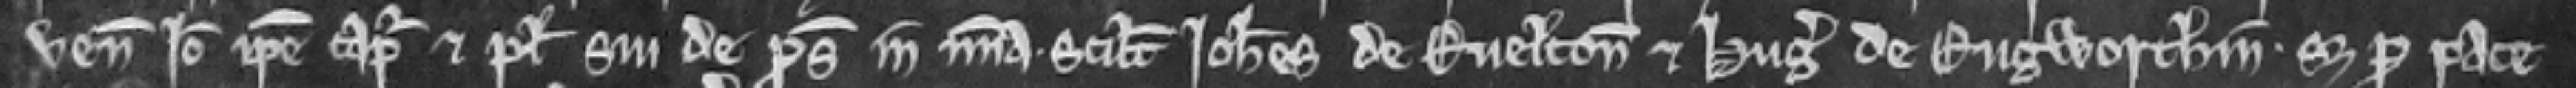
venit Ideo ipse capiatur et plegii sui de prosequendo in misericordia. scilicet Johannes de Ruelton et Hugo de Rugworthin. set pro pace